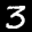
Label: 3